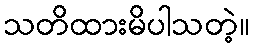
သတိထားမိပါသတဲ့။